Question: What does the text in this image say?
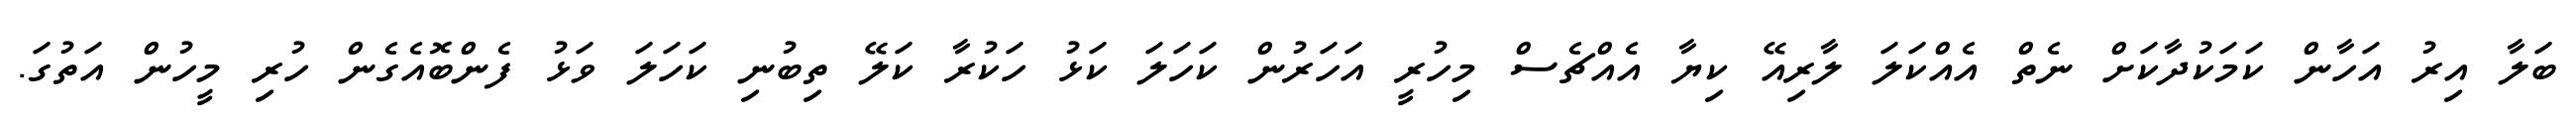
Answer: ބަލާ އިރު އަހާން ކަމަކުދާކަށް ނެތް އެއްކަލަ ލާރިއޭ ކިޔާ އެއްޗެސް މިހުރީ އަހަރުން ކަހަލަ ކަޅު ހަކުރާ ކަލޭ ތިބުނި ކަހަލަ ވަޅު ފެންބޮއެގެން ހުރި މީހުން އަތުގަ.